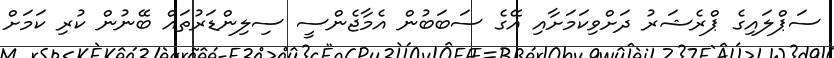
ސަޕްލައިގެ ޕްރެޝަރު ދަށްވިކަމަށާއި އޭގެ ސަބަބުން އެމާޖެންސީ ސިލިންޑަރުތައް ބޭނުން ކުރި ކަމަށް